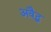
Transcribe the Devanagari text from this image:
अवैद्ध